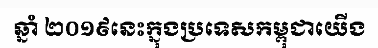
ឆ្នាំ ២០១៩នេះក្នុងប្រទេសកម្ពុជាយើង